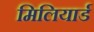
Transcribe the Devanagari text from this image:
मिलियार्ड